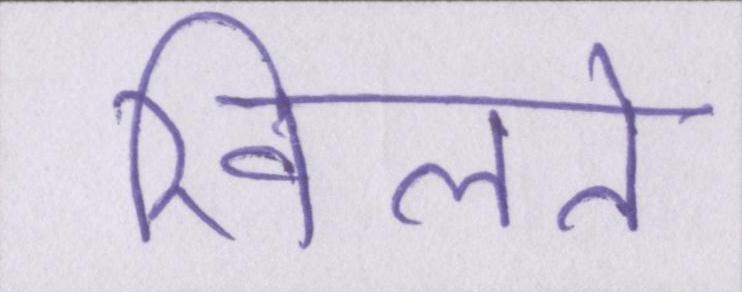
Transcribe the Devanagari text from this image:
खिलते